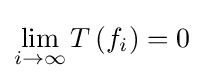
\lim _{i\to \infty }T\left(f_{i}\right)=0